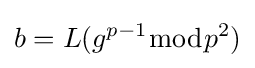
b=L(g^{p-1}{\bmod {p^{2}}})